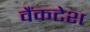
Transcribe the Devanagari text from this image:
वैंकटेश